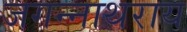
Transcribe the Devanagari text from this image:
जगन्नाथराय